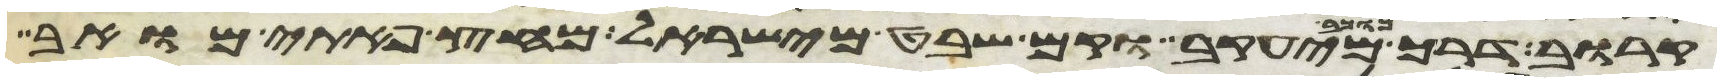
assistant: קרוב דרך כוכב מיעקב וקם שבט מישראל מחץ פתי מואב